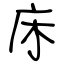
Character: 床